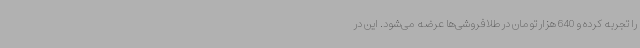
را تجربه کرده و 640 هزار تومان در طلافروشی‌ها عرضه می‌شود. این در